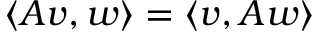
\langle A v , w \rangle = \langle v , A w \rangle